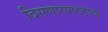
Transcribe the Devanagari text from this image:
दिसणारागरुडाचा